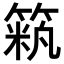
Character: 𥱞